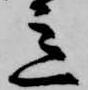
意